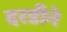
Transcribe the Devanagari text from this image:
दरडीने